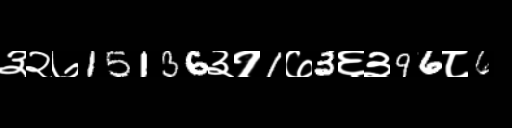
Text: ३२७15136३१1७3६३96८6